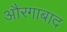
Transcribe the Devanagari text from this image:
औरगाबाद